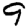
Digit: 9